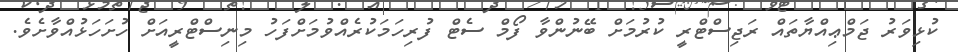
ކުޅިވަރު ޖަމްޢިއްޔާތައް ރަޖިސްޓްރީ ކުރުމަށް ބޭނުންވާ ފޯމް ސެޓް ފުރިހަމަކުރެއްވުމަށްފަހު މިނިސްޓްރީއަށް ހުށަހަޅުއްވާށެވެ.